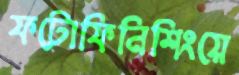
ফটোফিনিশিংয়ে